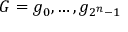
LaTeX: G = g _ { 0 } , \ldots , g _ { 2 ^ { n } - 1 }